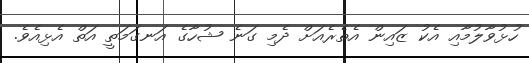
ހުޅުވާލުމާއި އެކު ޒައިން އެތެރެއަށް ދެމި ގަނެ ޝުހާގެ އަނގަމަތީ އަތް އެޅިއެވެ.